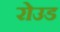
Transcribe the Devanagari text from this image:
रोउड